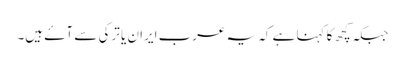
جبکہ کچھ کا کہنا ہے کہ یہ عرب ایران یا ترکی سے آۓ ہیں۔